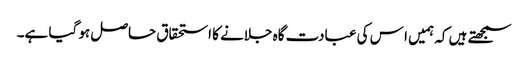
سمجھتے ہیں کہ ہمیں ا س کی عبادت گاہ جلانے کا استحقاق حاصل ہو گیا ہے۔